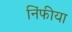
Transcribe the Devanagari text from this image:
निंफीया